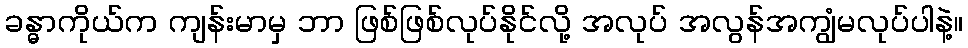
ခန္ဓာကိုယ်က ကျန်းမာမှ ဘာ ဖြစ်ဖြစ်လုပ်နိုင်လို့ အလုပ် အလွန်အကျွံမလုပ်ပါနဲ့။